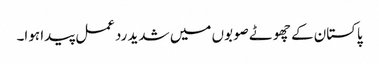
پاکستان کے چھوٹے صوبوں میں شدید ردعمل پیدا ہوا۔